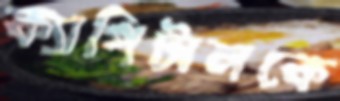
ক্যাপিটালকে